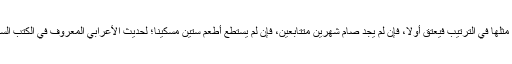
(قوله: ككفارة المظاهر) مرتبط بقوله: وكفر، أي مثلها في الترتيب فيعتق أولاً، فإن لم يجد صام شهرين متتابعين، فإن لم يستطع أطعم ستين مسكيناً؛ لحديث الأعرابي المعروف في الكتب الستة، فلو أفطر ولو لعذر استأنف إلا لعذر الحيض''۔